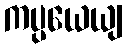
ကပ္ပယေယျ